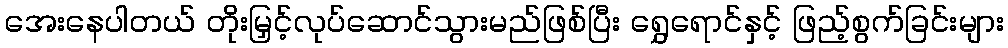
အေးနေပါတယ် တိုးမြှင့်လုပ်ဆောင်သွားမည်ဖြစ်ပြီး ရွှေရောင်နှင့် ဖြည့်စွက်ခြင်းများ